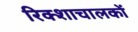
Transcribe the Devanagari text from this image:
रिक्शाचालकों